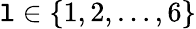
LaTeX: \mathtt{l}\in\{ 1,2,\dots,6\}